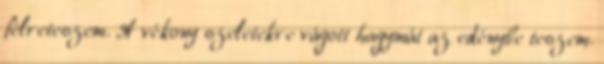
félreteszem. A vékony szeletekre vágott hagymát az edénybe teszem.